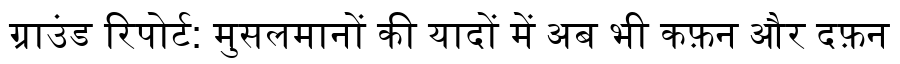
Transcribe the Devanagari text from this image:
ग्राउंड रिपोर्ट: मुसलमानों की यादों में अब भी कफ़न और दफ़न